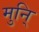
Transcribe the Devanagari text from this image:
मुनि्